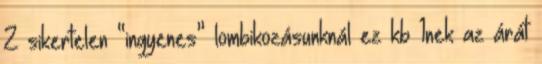
2 sikertelen “ingyenes” lombikozásunknál ez kb 1nek az árát